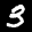
Label: 3